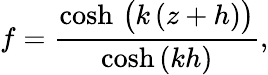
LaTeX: f={\frac{\cosh\, {\bigl(}k\, (z+h){\bigr)}}{\cosh\, (kh)}},